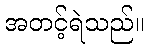
အတင့်ရဲသည်။